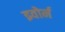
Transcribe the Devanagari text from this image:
इवोर्न